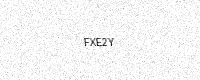
Text: FXE2Y